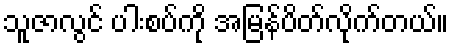
သူဇာလွင် ပါးစပ်ကို အမြန်ပိတ်လိုက်တယ်။